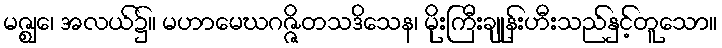
မဇ္ဈေ၊ အလယ်၌။ မဟာမေဃဂဇ္ဇိတသဒိသေန၊ မိုးကြီးချုန်းဟီးသည်နှင့်တူသော။